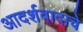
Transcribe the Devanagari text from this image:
आदर्शवादाचे